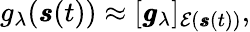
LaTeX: \begin{array}{r}{g_{\lambda}(\pmb{s}(t))\approx[\pmb{g}_{\lambda}]_{\mathcal{E}(\pmb{s}(t))},}\end{array}